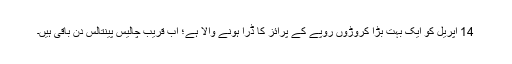
14 اپریل کو ایک بہت بڑا کروڑوں روپے کے پرائز کا ڈرا ہونے والا ہے؛ اب قریب چالیس پینتالس دن باقی ہیں۔